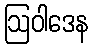
ဩဝါဒေန